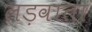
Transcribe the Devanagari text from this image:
लड़वाता